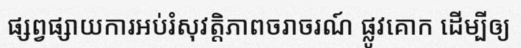
ផ្សព្វផ្សាយការអប់រំសុវត្តិភាពចរាចរណ៍ ផ្លូវគោក ដើម្បីឲ្យ